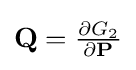
{\textstyle \mathbf {Q} ={\frac {\partial G_{2}}{\partial \mathbf {P} }}}